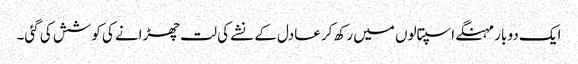
ایک دو بار مہنگے اسپتالوں میں رکھ کر عادل کے نشے کی لت چھڑانے کی کوشش کی گئی۔